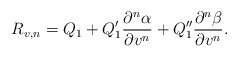
\begin{align*} R_{v,n}=Q_1+Q_1'\frac{\partial^n\alpha}{\partial v^n}+Q_1''\frac{\partial^n\beta}{\partial v^n}.\end{align*}